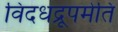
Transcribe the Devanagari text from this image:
विदधद्रूपमेति